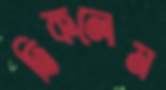
ঢিকলেম